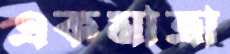
একমাত্রা